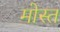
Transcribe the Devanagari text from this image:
मोस्त